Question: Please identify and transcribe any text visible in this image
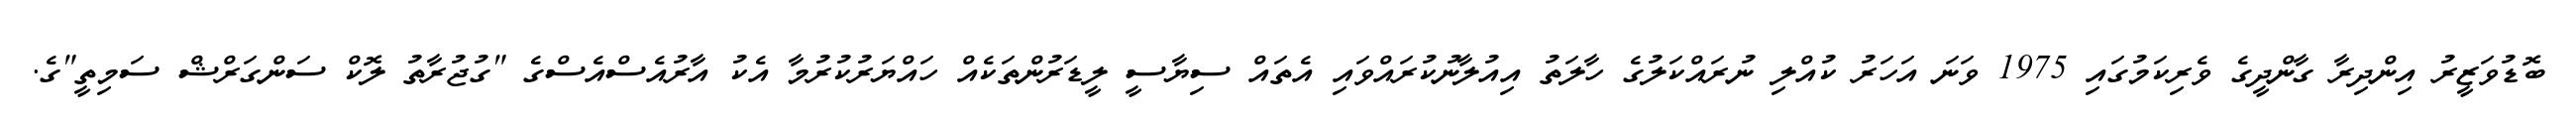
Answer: ބޮޑުވަޒީރު އިންދިރާ ގާންދީގެ ވެރިކަމުގައި 1975 ވަނަ އަހަރު ކުއްލި ނުރައްކަލުގެ ހާލަތު އިއުލާނުކުރައްވައި އެތައް ސިޔާސީ ލީޑަރުންތަކެއް ހައްޔަރުކުރުމާ އެކު އާރުއެސްއެސްގެ "ގުޖުރާތު ލޮކް ސަންގަރްޝް ސަމިތީ"ގެ.